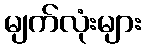
မျက်လုံးများ